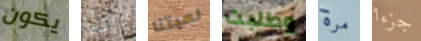
يكون عقول لعبتنا وطلبت مرة جزءا